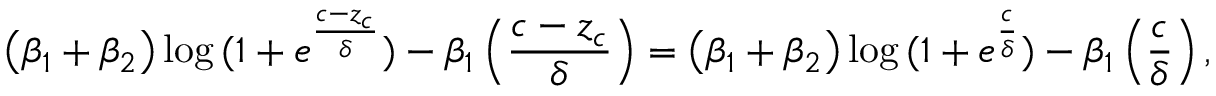
\left( \beta _ { 1 } + \beta _ { 2 } \right) \log { ( 1 + e ^ { \frac { c - z _ { c } } { \delta } } ) } - \beta _ { 1 } \left( \frac { c - z _ { c } } { \delta } \right) = \left( \beta _ { 1 } + \beta _ { 2 } \right) \log { ( 1 + e ^ { \frac { c } { \delta } } ) } - \beta _ { 1 } \left( \frac { c } { \delta } \right) ,